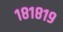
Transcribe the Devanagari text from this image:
१८१८१९